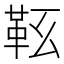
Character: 䩘